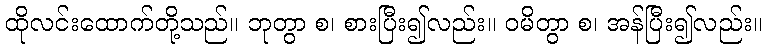
ထိုလင်းထောက်တို့သည်။ ဘုတွာ စ၊ စားပြီး၍လည်း။ ဝမိတွာ စ၊ အန်ပြီး၍လည်း။